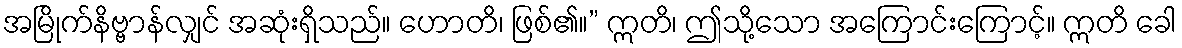
အမြိုက်နိဗ္ဗာန်လျှင် အဆုံးရှိသည်။ ဟောတိ၊ ဖြစ်၏။” ဣတိ၊ ဤသို့သော အကြောင်းကြောင့်။ ဣတိ ခေါ